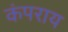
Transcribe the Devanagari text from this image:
कंपराय